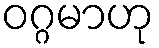
ဝဂ္ဂမာဟု